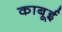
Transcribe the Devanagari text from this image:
काबूई